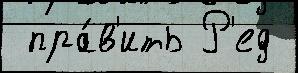
 пра́в'ить Р'ед